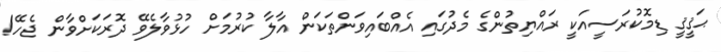
ޙަޤީޤީ ޑިމޮކުރަސީއަކީ ރައްޔިތުންގެ މެދުގައި އެއްބައިވަންތަކަން އާލާ ކުރުމަށް ހުޅުވާލެވޭ ދޮރަކަށްވާން ޖެހޭ!